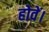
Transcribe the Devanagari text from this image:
होवें।